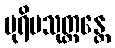
ပုရိမသုတ္တန္တေ